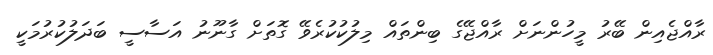
ރާއްޖެއިން ބޭރު މީހުންނަށް ރާއްޖޭގެ ބިންތައް މިލުކުކުރެވޭ ގޮތަށް ގާނޫނު އަސާސީ ބަދަލުކުރުމަކީ